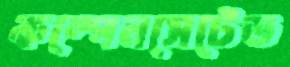
কম্পেনসেটেড